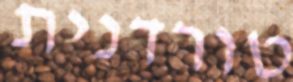
טורדנית